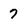
Character: 7